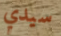
سيدي